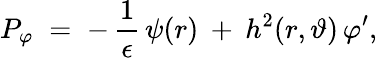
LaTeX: P_{\varphi}\; =\; -\, \frac{1}{\epsilon}\, \psi(r)\: +\: h^{2}(r,\vartheta)\, \varphi^{\prime},